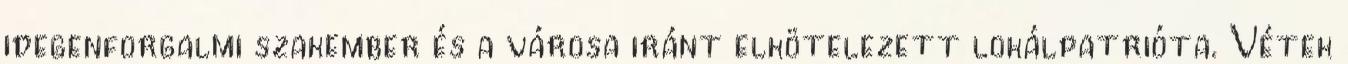
idegenforgalmi szakember és a városa iránt elkötelezett lokálpatrióta. Vétek